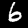
Digit: 6